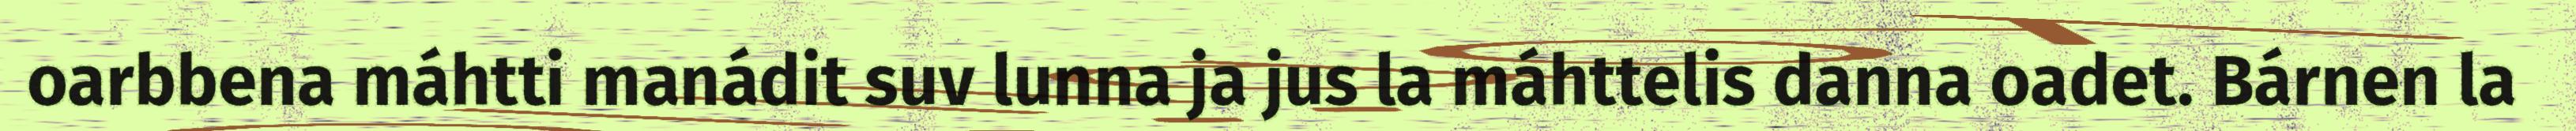
oarbbena máhtti manádit suv lunna ja jus la máhttelis danna oadet. Bárnen la